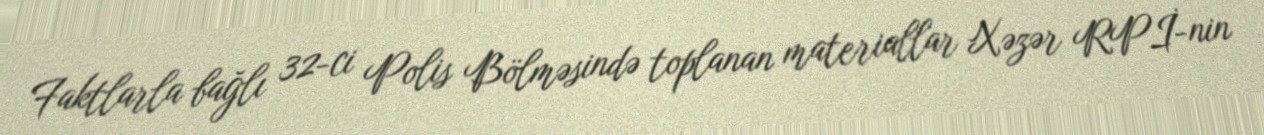
Faktlarla bağlı 32-ci Polis Bölməsində toplanan materiallar Xəzər RPİ-nin